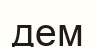
дем